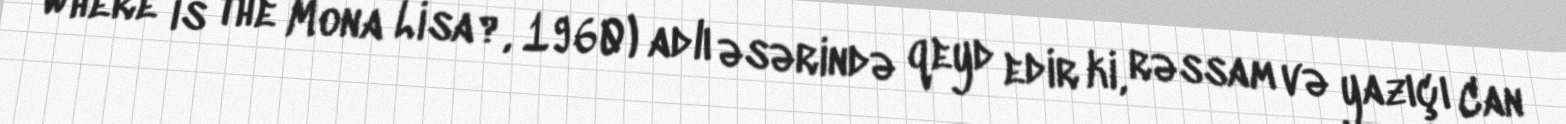
Where is the Mona Lisa?, 1960) adlı əsərində qeyd edir ki, rəssam və yazıçı Can